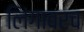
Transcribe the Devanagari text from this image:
लिंगावरच